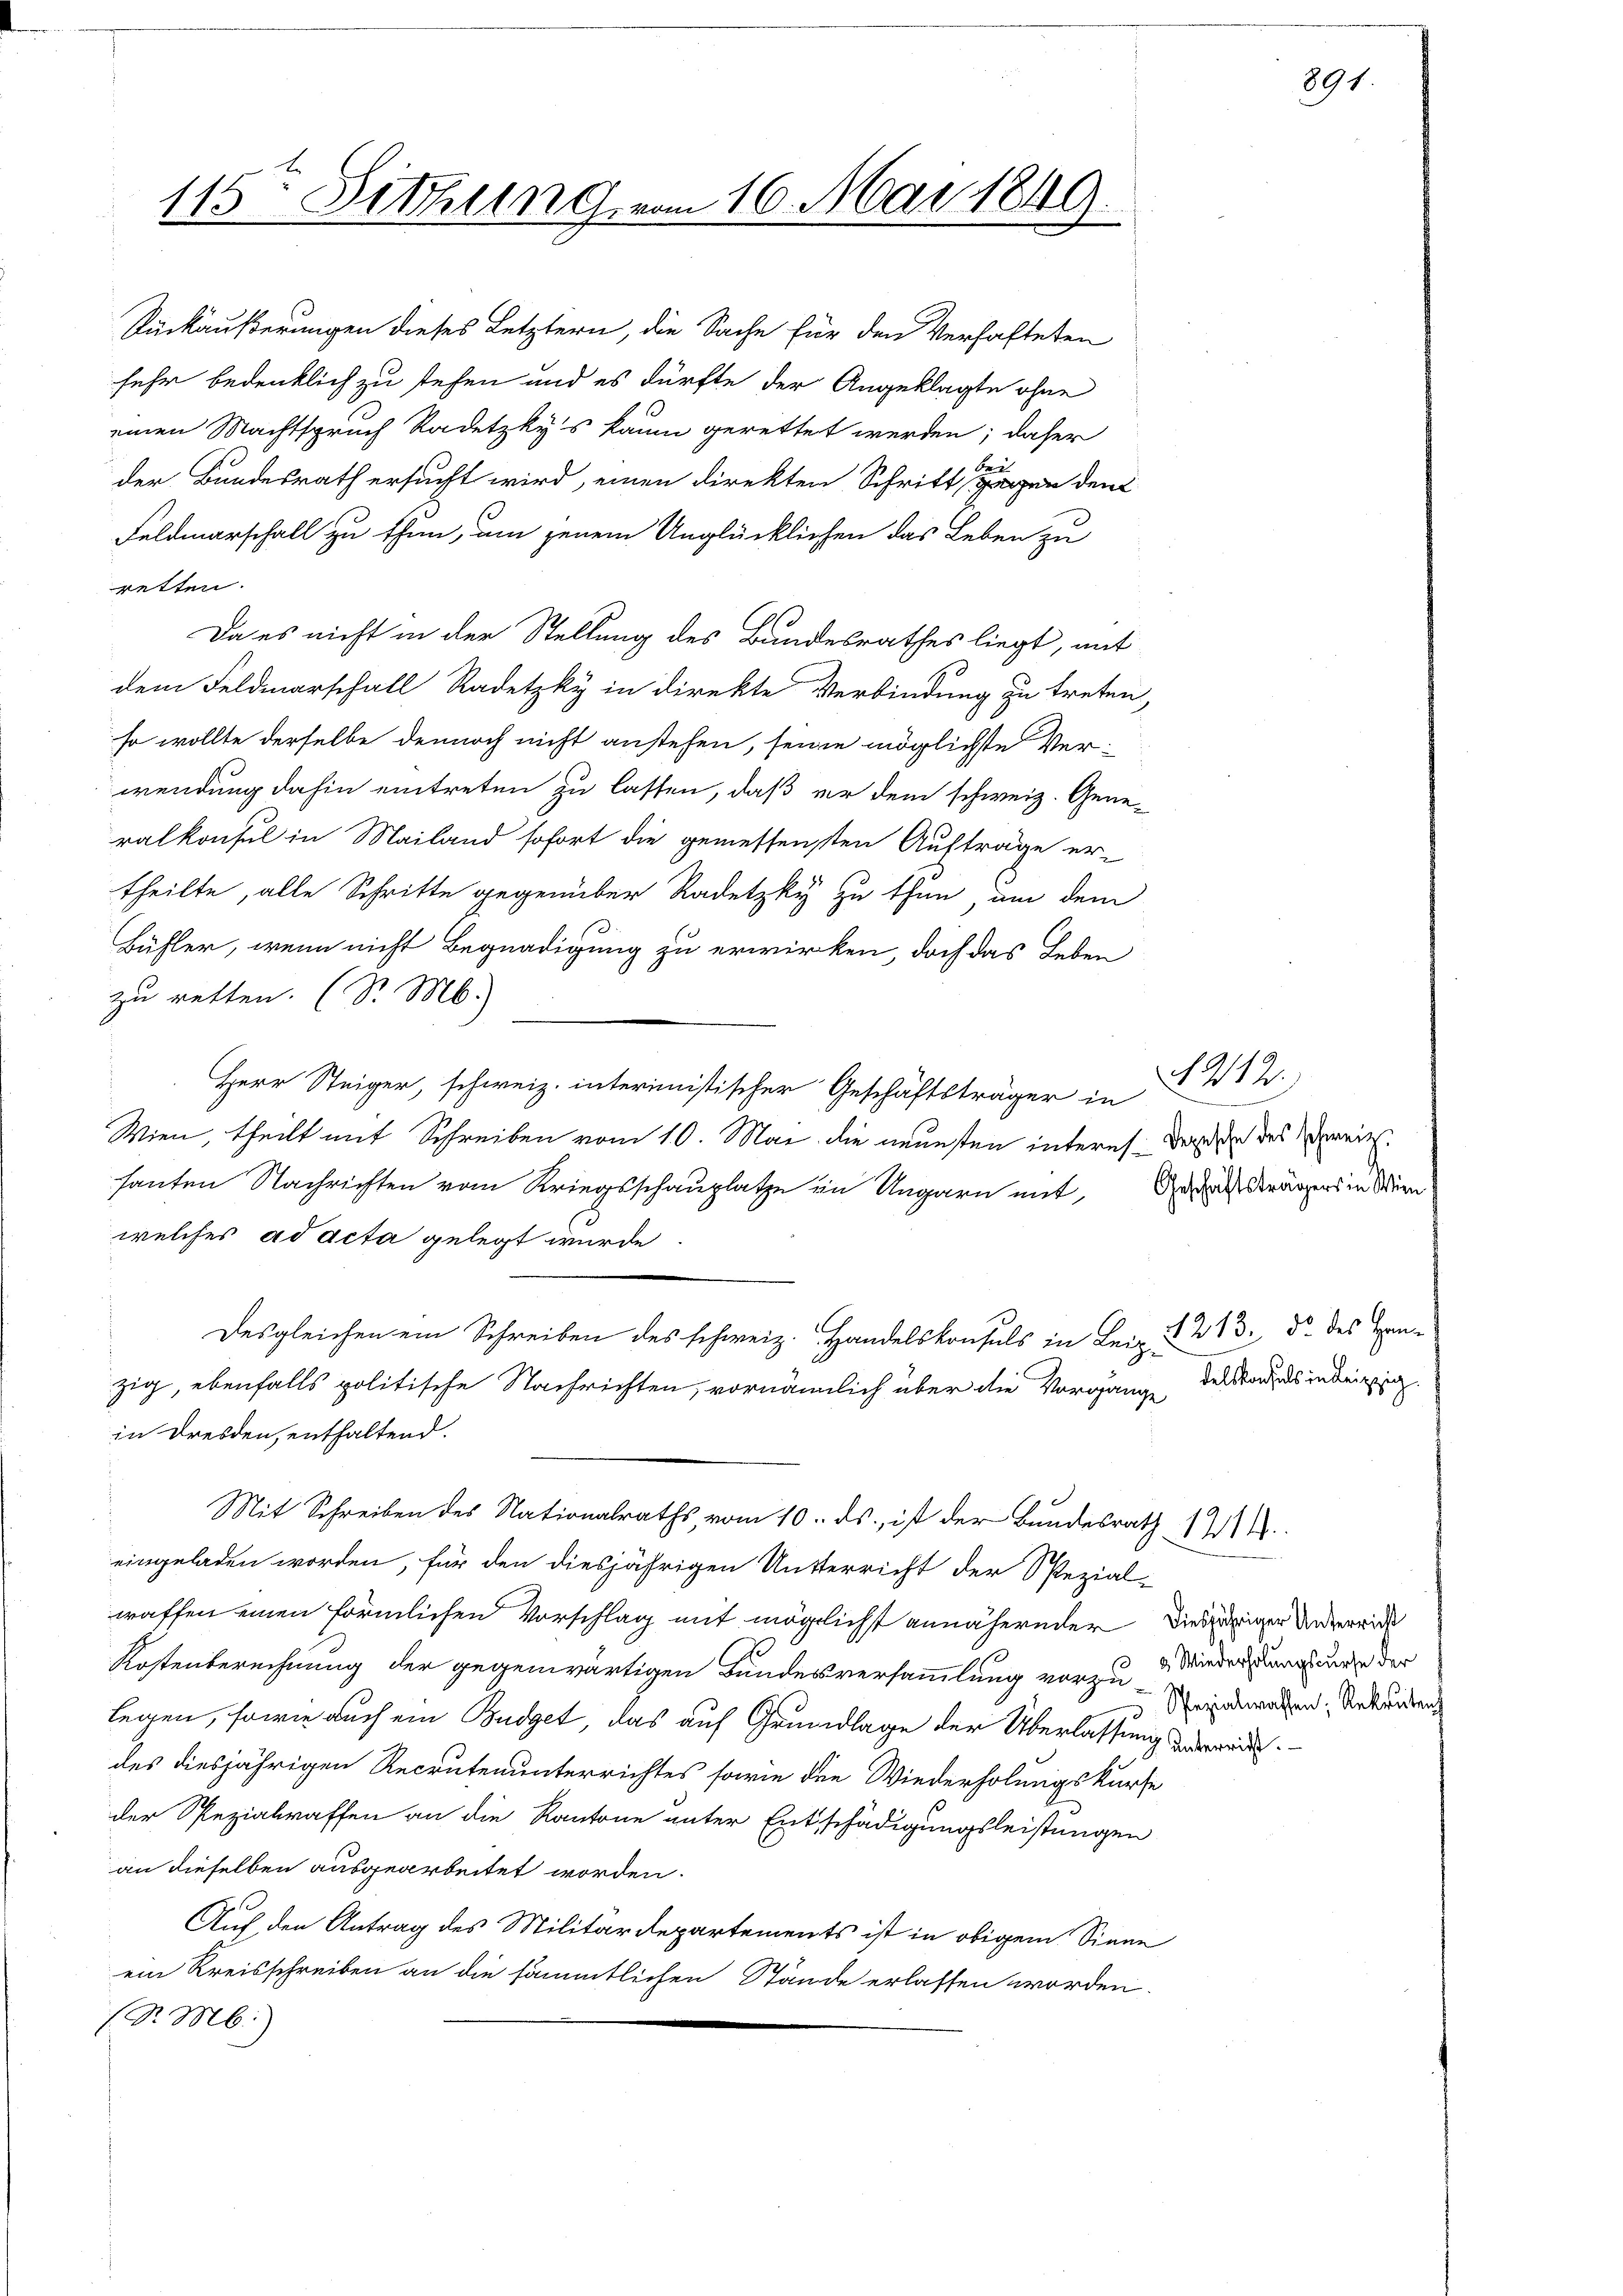
115ten Sitzung vom 16. Mai 1849.

Rückäußerungen dieses Letztern, die Sache für den Verhafteten
sehr bedenklich zu stehen und es dürfte der Angeklagte ohne
einen Machtspruch Radetzky's kaum gerettet werden; daher
der Bundesrath ersucht wird, einen direkten Schritt gegen den
Feldmarschall zu thun, um jenem Unglücklichen das Leben zu
retten.
Da es nicht in der Stellung des Bandesrathes liegt, mit
dem Feldmarschall Radetzky in direkte Verbindung zu treten,
so wollte derselbe dennoch nicht anstehen, seine möglichste Ver-
wendung dahin eintreten zu lassen, daß er dem schweiz. Generalkonsul in Mailand sofort die gemessensten Aufträge er-
theilte, alle Schritte gegenüber Radetzky zu thun, um dem
Bühler, wenn nicht Begnadigung zu erwirken, doch das Leben
zu retten. (S. M.
Herr Stec interistischer Geschäftsträger in 22.
Wien, theilt mit Schreiben vom 10. Mai die neuesten interes dard den des Vereit
santen Nachrichten vom Kriegsschauplatze in Ungarn mit,
welches ad acta gelegt wurde
Desgleichen ein Schreiben des schweiz. Handelskonsuls in Leiz & 213. d. des Hanzig, ebenfalls politische Nachrichten, vornämlich über die Vorgange
in Dresden, enthaltend.
Mit Schreiben des Nationalraths vom 10. ds., ist der Bundesrath 181
eingeladen worden, für den diesjährigen Unterricht der Spezial-
waffen einen förmlichen Vorschlag mit möglicht annähernder Diesiger Unterricht
Kostenberechnung der gegenwärtigen Bundesversammlung vorzu Wiederungen der
legen, sowie auch ein Budget, das auf Grundlage der Überlassung der
des diesjährigen Recrutenunterrichtes sowie die Wiederholungskurse
der Spezialraffen an die Kantone unter Entschädigungsleistungen
an dieselben ausgearbeitet worden.
Auf den Antrag des Militärdepartements ist in obigem Sinne
ein Kreisschreiben an die sämmtlichen Stände erlassen worden.
(d. M.)

Geschäftsträgers in Wien

delskonsuls in Leipzig

Spezialwassen, Rekruten

891.